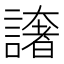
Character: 譇